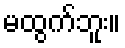
မထွက်ဘူး။